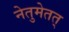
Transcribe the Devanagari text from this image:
नेतुमेतत्‌